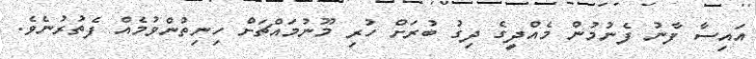
އައިސާ ފާނު ފެނުމުން މެއްދީގެ ދިގު ބުރަށް ހުރި މޫނުމައްޗަށް ހިނިތުންވުމެއް ފެތުރުނެވެ.